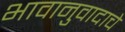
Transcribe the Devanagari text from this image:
भावानुवादाचे